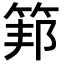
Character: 𥮇